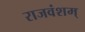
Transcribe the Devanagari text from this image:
राजवंशम्